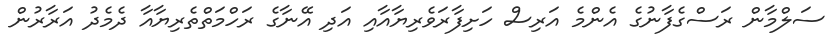
ސަލްމާން ރަސްގެފާނުގެ އެންމެ އަރިސް ހަށިފާރަވެރިޔާއާއި އަދި އޭނާގެ ރަހްމަތްތެރިޔާއާ ދެމެދު އަރާރުން